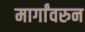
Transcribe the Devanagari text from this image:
मार्गांवरुन